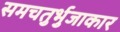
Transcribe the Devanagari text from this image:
समचतुर्भुजाकार